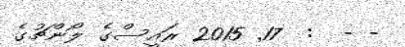
- -  :  17